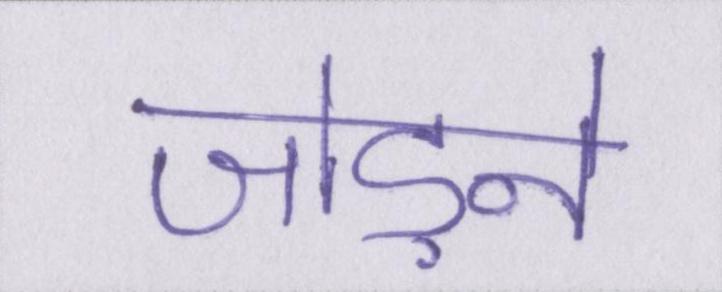
जोड़ने